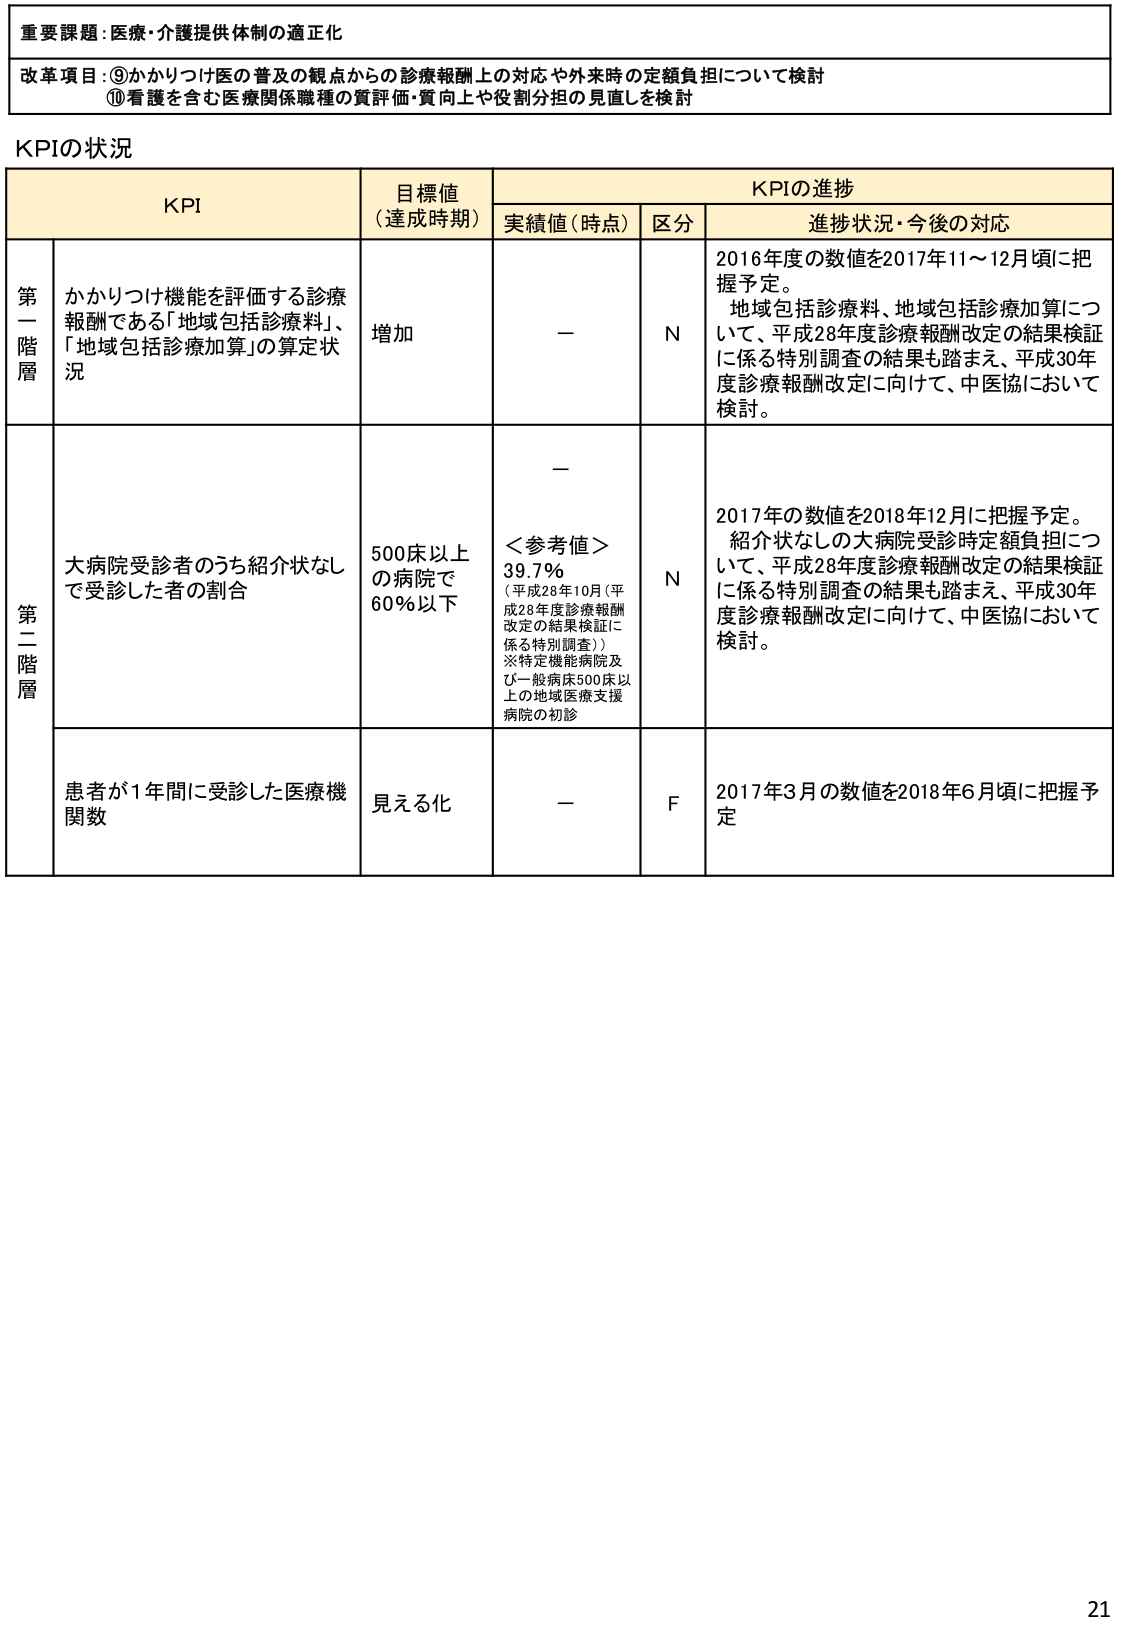
重要課題：医療・介護提供体制の適正化

改革項目：⑨かかりつけ医の普及の観点からの診療報酬上の対応や外来時の定額負担について検討
⑩看護を含む医療関係職種の質評価・質向上や役割分担の見直しを検討

KPIの状況

KPI 目標値（達成時期） KPIの進捗
　　　　　　　　　　　実績値（時点） 区分 進捗状況・今後の対応

第一階層
かかりつけ機能を評価する診療報酬である「地域包括診療料」、「地域包括診療加算」の算定状況
目標値：増加
実績値：－
区分：N
進捗状況・今後の対応：2016年度の数値を2017年11～12月頃に把握予定。地域包括診療料、地域包括診療加算について、平成28年度診療報酬改定の結果検証に係る特別調査の結果も踏まえ、平成30年度診療報酬改定に向けて、中医協において検討。

第二階層
大病院受診者のうち紹介なしで受診した者の割合
目標値：500床以上の病院で60％以下
実績値：－
＜参考値＞39.7％（平成28年10月（平成28年度診療報酬改定の結果検証に係る特別調査））
※特定機能病院及び一般病床500床以上の地域医療支援病院の初診
区分：N
進捗状況・今後の対応：2017年の数値を2018年12月に把握予定。紹介状なしの大病院受診時定額負担について、平成28年度診療報酬改定の結果検証に係る特別調査の結果も踏まえ、平成30年度診療報酬改定に向けて、中医協において検討。

患者が1年間に受診した医療機関数
目標値：見える化
実績値：－
区分：F
進捗状況・今後の対応：2017年3月の数値を2018年6月頃に把握予定

21